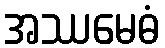
အဿမေဓံ